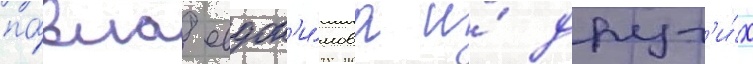
па́вла евдок'и́мова и́ друг'и́х